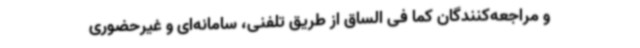
و مراجعه‌کنندگان کما فی الساق از طریق تلفنی، سامانه‌ای و غیرحضوری